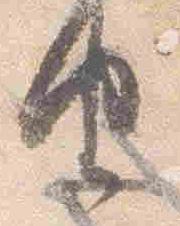
由